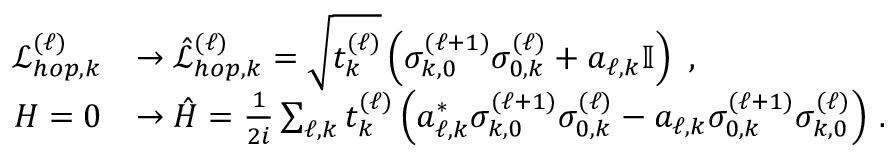
\begin{array} { r l } { \mathcal { L } _ { h o p , k } ^ { ( \ell ) } } & { \rightarrow \hat { \mathcal { L } } _ { h o p , k } ^ { ( \ell ) } = \sqrt { t _ { k } ^ { ( \ell ) } } \left( \sigma _ { k , 0 } ^ { ( \ell + 1 ) } \sigma _ { 0 , k } ^ { ( \ell ) } + a _ { \ell , k } \mathbb { I } \right) \, \, , } \\ { H = 0 } & { \rightarrow \hat { H } = \frac { 1 } { 2 i } \sum _ { \ell , k } t _ { k } ^ { ( \ell ) } \left( a _ { \ell , k } ^ { * } \sigma _ { k , 0 } ^ { ( \ell + 1 ) } \sigma _ { 0 , k } ^ { ( \ell ) } - a _ { \ell , k } \sigma _ { 0 , k } ^ { ( \ell + 1 ) } \sigma _ { k , 0 } ^ { ( \ell ) } \right) \, . } \end{array}